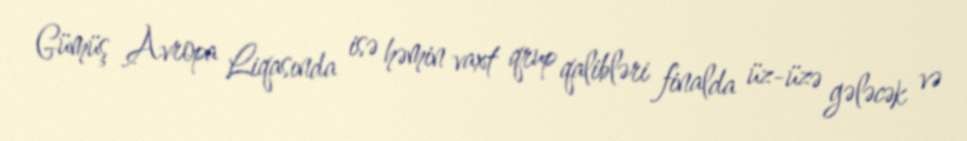
Gümüş Avropa Liqasında isə həmin vaxt qrup qalibləri finalda üz-üzə gələcək və